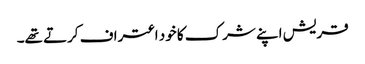
قریش اپنے شرک کا خود اعتراف کرتے تھے۔